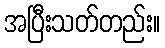
အပြီးသတ်တည်း။